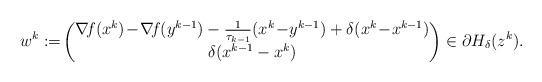
LaTeX: \begin{align*} w^k:=\!\left(\begin{matrix} \nabla\!f(x^{k})\!-\!\nabla\!f(y^{k-1})-\frac{1}{\tau_{k-1}}(x^{k}\!-\!y^{k-1})+\delta(x^{k}\!-\!x^{k-1})\\ \delta(x^{k-1}-x^{k}) \end{matrix}\right)\in\partial H_{\delta}(z^{k}). \end{align*}